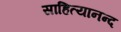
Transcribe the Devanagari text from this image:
साहित्यानन्द